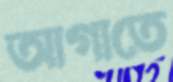
আগাতে